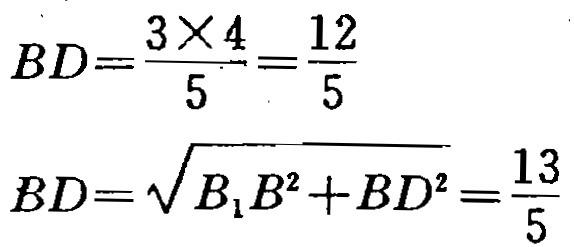
\[

BD=\frac{3\times 4}{5}=\frac{12}{5}

\]

\[

BD=\sqrt{B_{1}B^{2}+BD^{2}}=\frac{13}{5}

\]